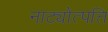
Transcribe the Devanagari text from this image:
नाट्योत्पत्ति